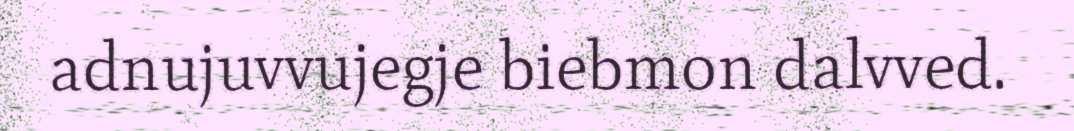
adnujuvvujegje biebmon dalvved.